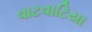
વાટવાટિયા